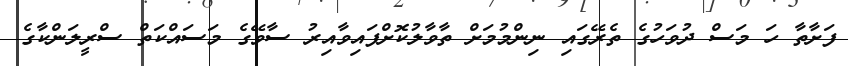
ފަށާތާ ހަ މަސް ދުވަހުގެ ތެރޭގައި ނިންމުމަށް ތާވާލުކޮށްފައިވާއިރު ސާވޭގެ މަސައްކަތް ސްރީލަންކާގެ